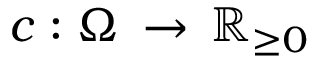
c : \Omega \, \rightarrow \, \mathbb { R } _ { \geq 0 }